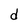
Character: d